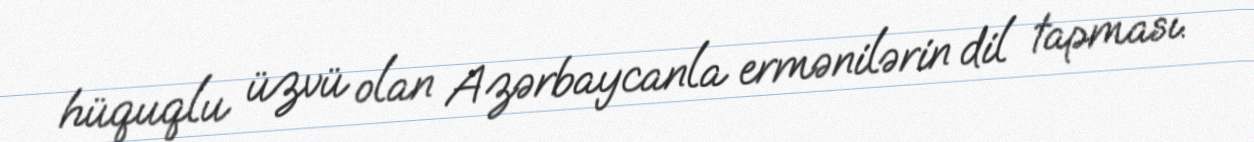
hüquqlu üzvü olan Azərbaycanla ermənilərin dil tapması.